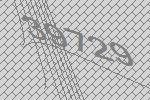
39729